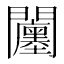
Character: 𨷭